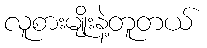
လူစားမျိုးနဲ့တူတယ်